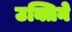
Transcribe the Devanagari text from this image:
उक्तिने